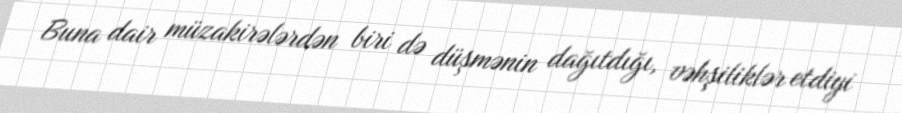
Buna dair müzakirələrdən biri də düşmənin dağıtdığı, vəhşiliklər etdiyi